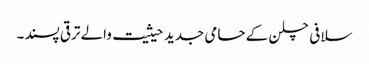
سلافی چلن کے حامی جدید حیثیت والے ترقی پسند۔